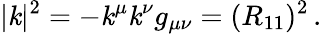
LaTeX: |\mathit{k}|^{2}=-\mathit{k}^{\mu}\mathit{k}^{\nu}g_{\mu\nu}=(R_{11})^{2}\, .